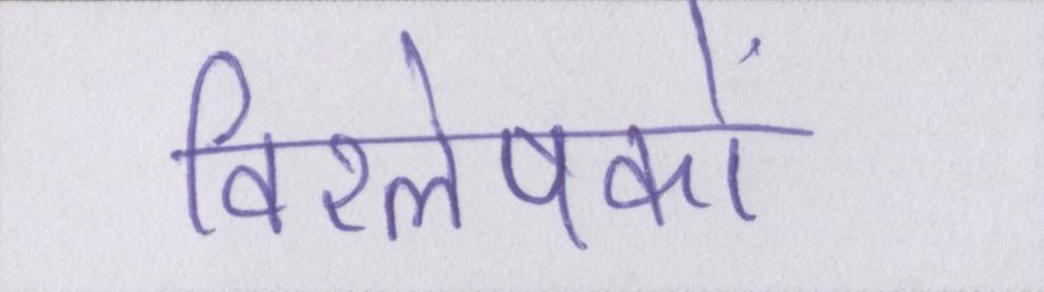
विश्लेषकों